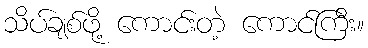
သိပ်ချစ်ဖို့ ကောင်းတဲ့ ကောင်ကြီး။